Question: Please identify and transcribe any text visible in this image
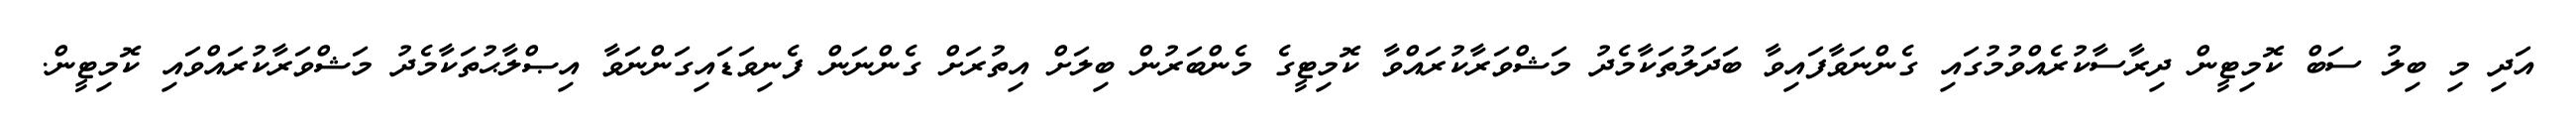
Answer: އަދި މި ބިލު ސަބް ކޮމިޓީން ދިރާސާކުރެއްވުމުގައި ގެންނަވާފައިވާ ބަދަލުތަކާމެދު މަޝްވަރާކުރައްވާ ކޮމިޓީގެ މެންބަރުން ބިލަށް އިތުރަށް ގެންނަން ފެނިވަޑައިގަންނަވާ އިޞްލާޙުތަކާމެދު މަޝްވަރާކުރައްވައި ކޮމިޓީން.